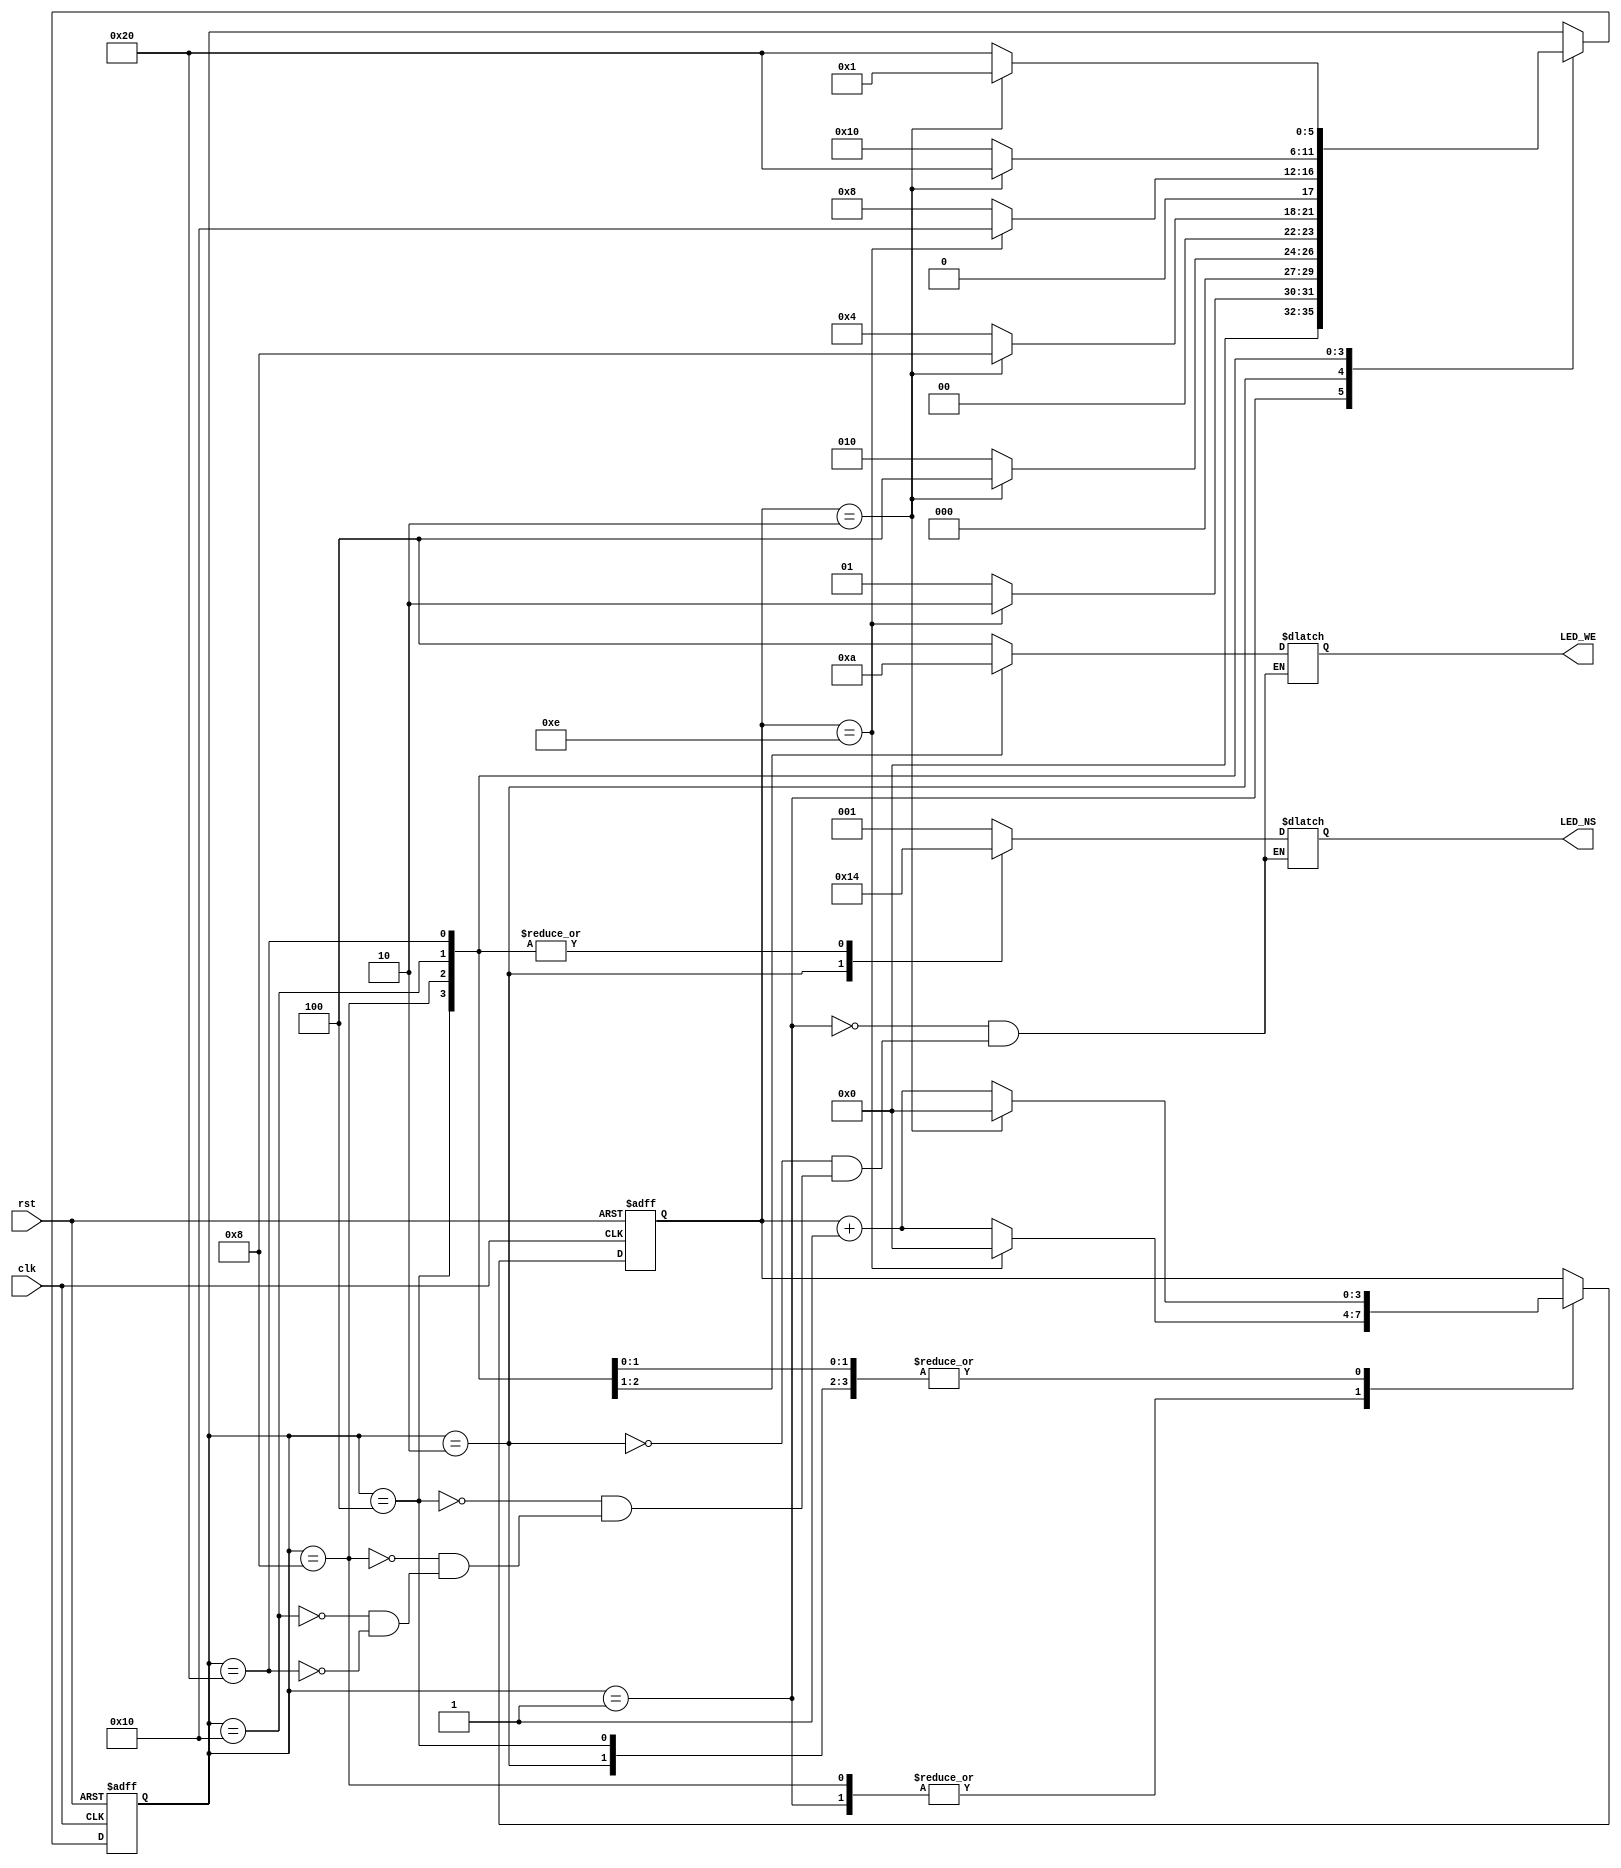
module TrafficLight(input clk, //LED_NS represent the North-South LEDs
		    input rst, //LED_WE represent the West-East LEDs
		    output reg [2:0] LED_NS, LED_WE);
/*Let 100 = Red
      010 = Yellow
      001 = Green 
We have 6 different states, defining them below */

parameter S0 = 6'b000001,   //When NS is green and EW is red
	  S1 = 6'b000010,   //When NS is yellow and EW is red
	  S2 = 6'b000100,   //When NS is red and EW is red
	  S3 = 6'b001000,   //When NS is red and EW is green
	  S4 = 6'b010000,   //When NS is red and EW is yellow
	  S5 = 6'b100000;   //When NS is red and EW is red
//Then the cycle repeats

reg [5:0] state;
reg [3:0] count;

//Defining transition of states
always@(posedge clk or posedge rst)
begin
if(rst) begin    //Active HIGH reset
state <= S0;
count <= 0; end
else 
begin
case(state)
S0: begin 
	if(count == 4'd14)
	begin count <= 0;
	state <= S1; end
	else begin 
	count = count + 1; state <= S0; end end
S1: begin 
	if(count == 4'd2)
	begin count <= 0;
	state <= S2; end
	else begin 
	count = count + 1; state <= S1; end end
S2: begin 
	if(count == 4'd2)
	begin count <= 0;
	state <= S3; end
	else begin 
	count = count + 1; state <= S2; end end
S3: begin 
	if(count == 4'd14)
	begin count <= 0;
	state <= S4; end
	else begin 
	count = count + 1; state <= S3; end end
S4: begin 
	if(count == 4'd2)
	begin count <= 0;
	state <= S5; end
	else begin 
	count = count + 1; state <= S4; end end
S5: begin 
	if(count == 4'd2)
	begin count <= 0;
	state <= S0; end
	else begin 
	count = count + 1; state <= S5; end end
endcase
end
end
/*    100 = Red
      010 = Yellow
      001 = Green     */

//Output of LEDs//

always@(*)
begin
case(state) 
S0: begin LED_NS = 3'b001;  LED_WE = 3'b100; end
S1: begin LED_NS = 3'b010;  LED_WE = 3'b100; end
S2: begin LED_NS = 3'b100;  LED_WE = 3'b100; end
S3: begin LED_NS = 3'b100;  LED_WE = 3'b001; end
S4: begin LED_NS = 3'b100;  LED_WE = 3'b010; end
S5: begin LED_NS = 3'b100;  LED_WE = 3'b100; end
endcase
end

endmodule